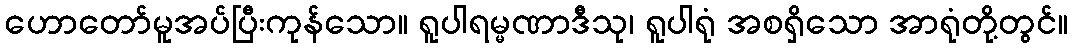
ဟောတော်မူအပ်ပြီးကုန်သော။ ရူပါရမ္မဏာဒီသု၊ ရူပါရုံ အစရှိသော အာရုံတို့တွင်။